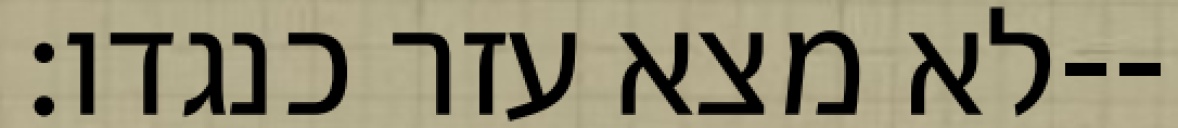
לא מצא עזר כנגדו׃--